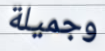
وجميلة